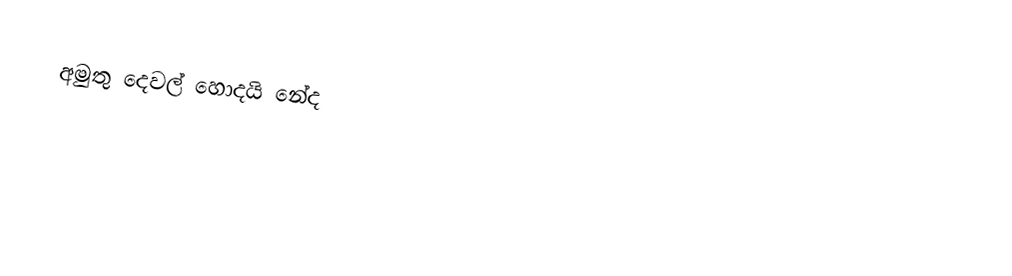
අමුතු දෙවල් හොදයි නේද